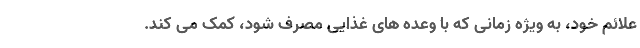
علائم خود، به ویژه زمانی که با وعده های غذایی مصرف شود، کمک می کند.